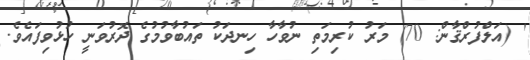
' (އަލްފުރްޤާން: 70) މަރު ކުރިމަތި ނުވާހާ ހިނދަކު ތައުބާވުމުގެ ދޮރުވަނީ ހުޅުވިފައެވެ.